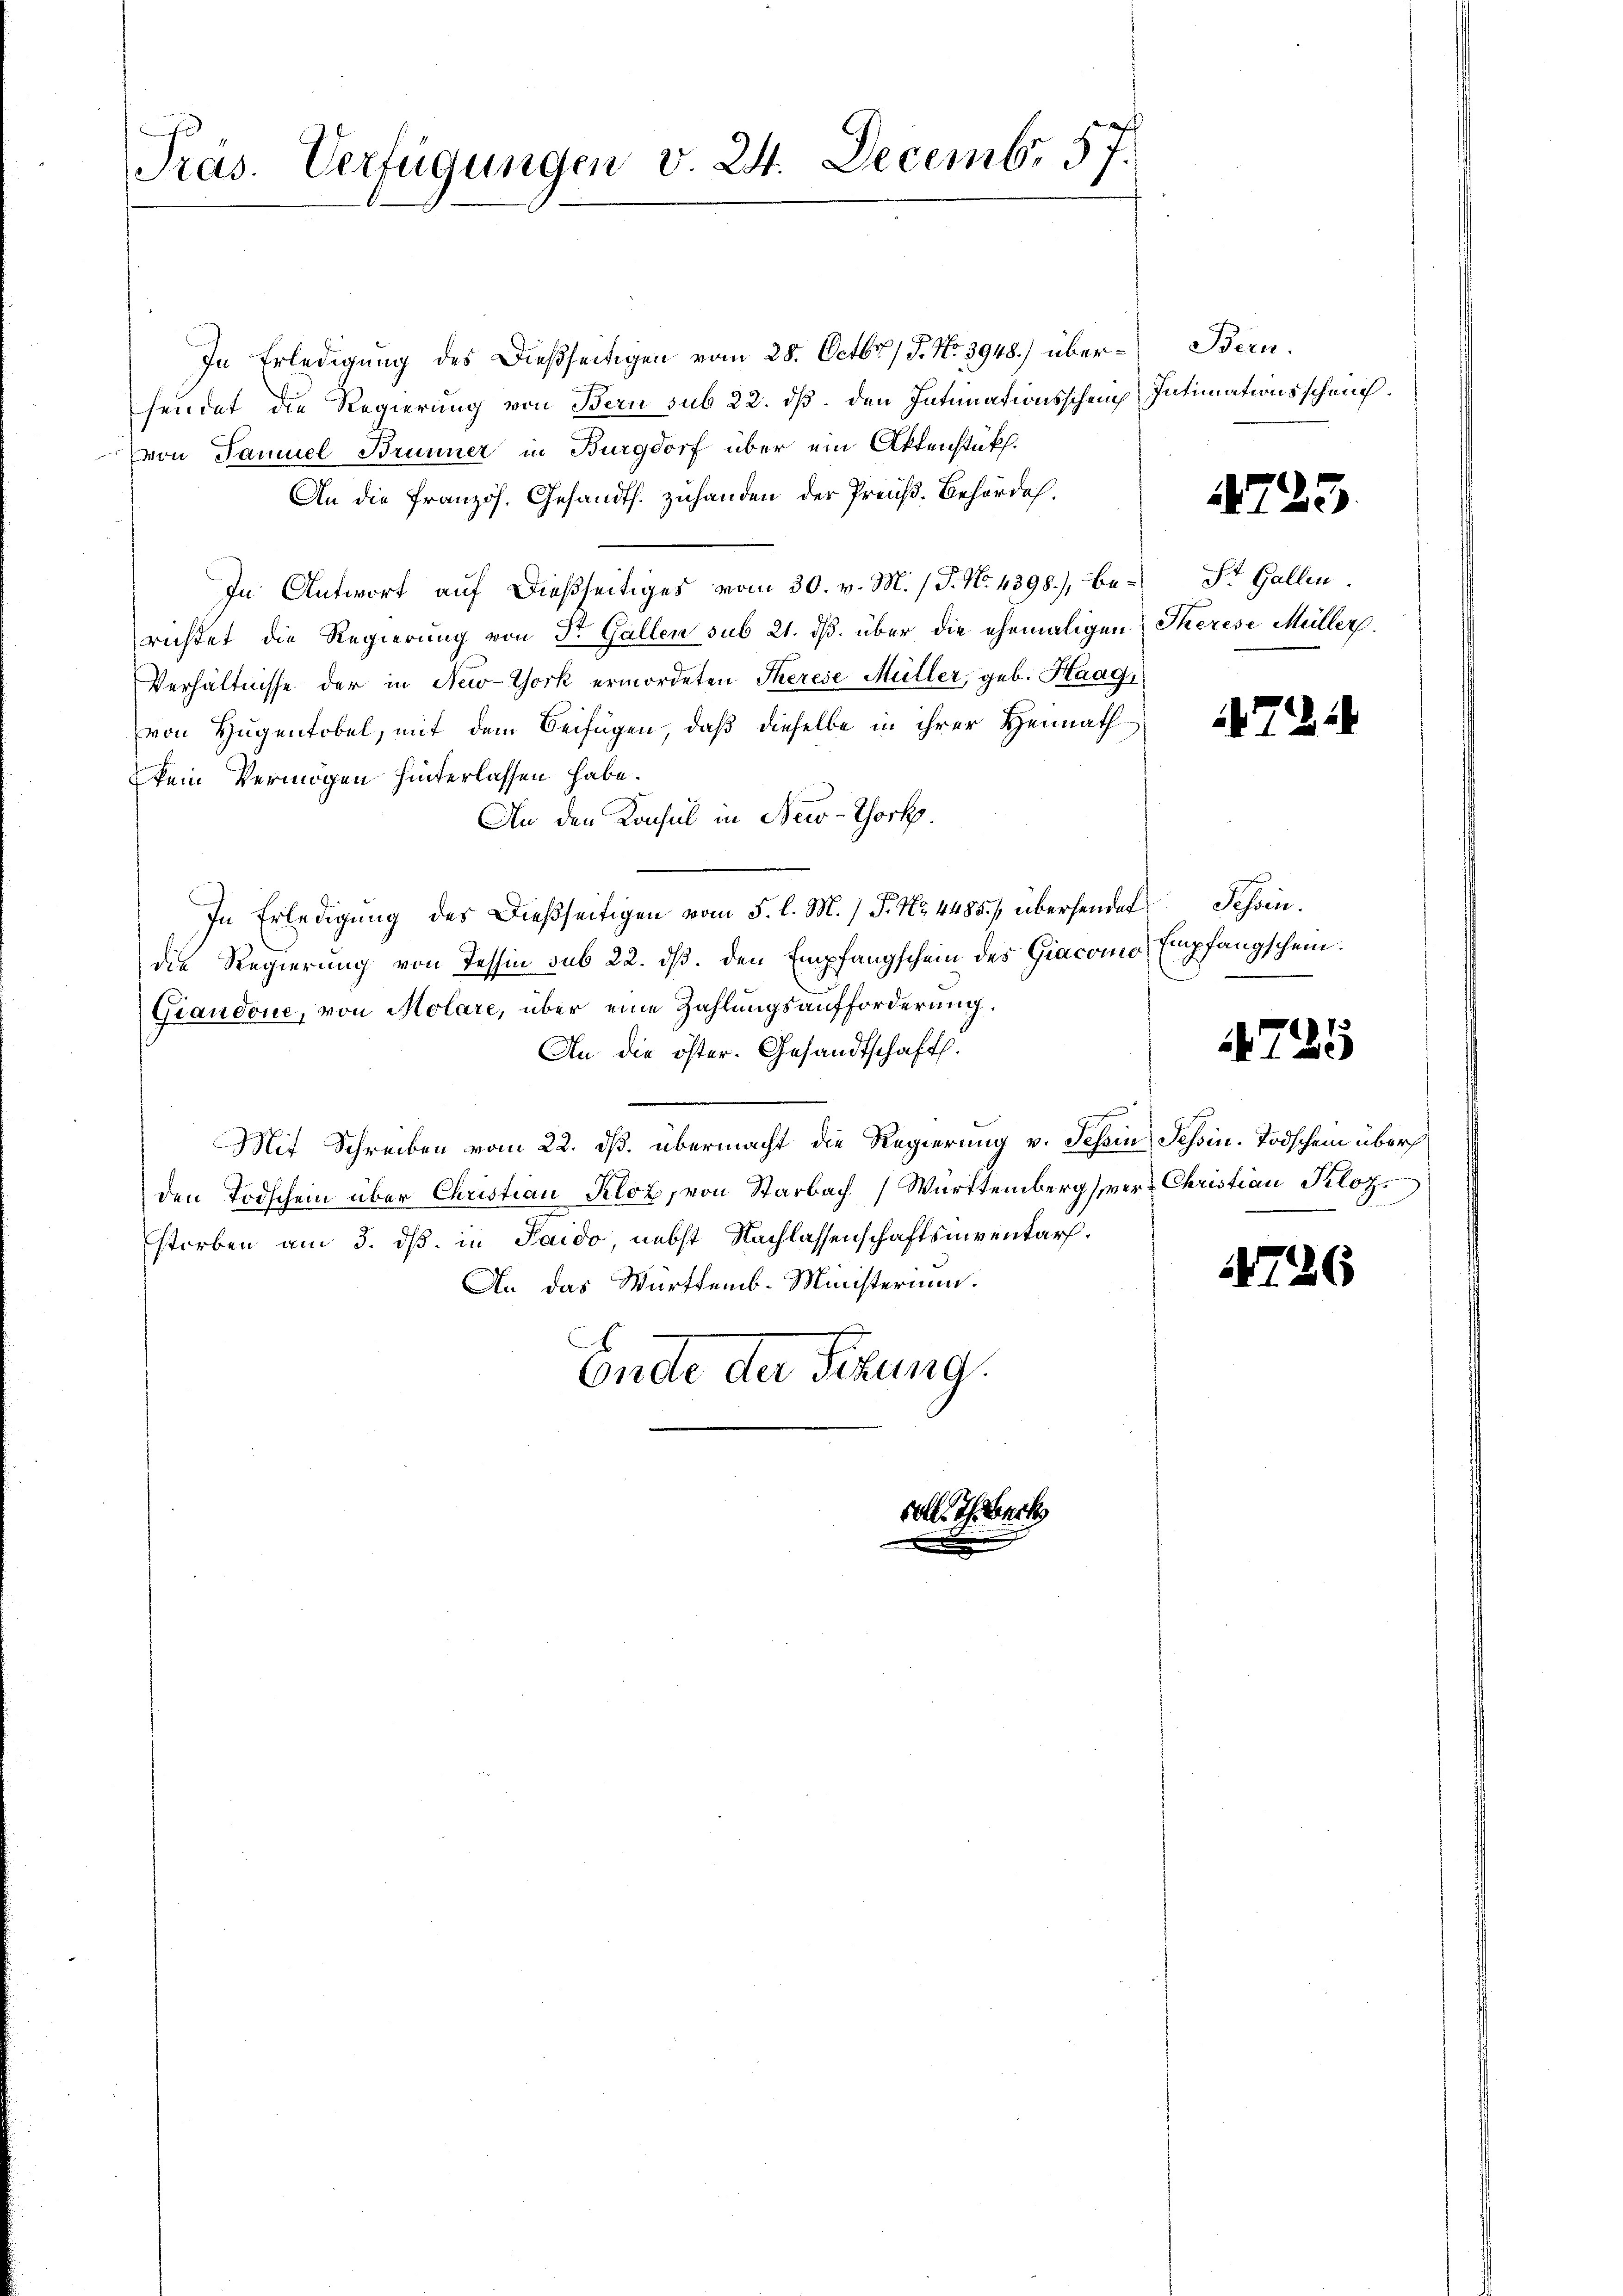
Präs. Verfügungen v. 24. Decemb. 57.

In Erledigung des Dießseitigen vom 28. Octbr. / 5. No 3948.) übersendet die Regierung von Bern sub 22. dß. den Intimationsschein Intimationsscheuvon Samuel Brunner in Burgdorf über ein Aktenstüks.
An die Französ. Gesandts. zuhanden der Preuß. Behörde.
In Antwort auf dießseitiges vom 30. v. M. (T. No. 4398), be¬ St. Gallen
richtet die Regierung von Dr. Gallen sub 21. dβ über die ehemaligen Therese Müller.
Verhältnisse der in New-York ermordeten Therese Müller, geb. Haag
von Hugentobel, mit dem Beifügen, daß dieselbe in ihrer Heimath
kein Vermögen hinterlassen habe.
An den Konsul in Neid-Thock.
In Erledigung des Dießseitigen vom 5. l. M. / P. Nr. 4485. / übersendet Schön.
die Regierung von Tessin sub 22. dβ. den Empfangschein des Giacomo Empfangschein.
Giandone, von Molare, über eine Zahlungsaufforderung.
An die öster. Gesandtschaft.

Mit Schreiben vom 22. ds. übermacht die Regierung v. Tessin Tessin. Todschen überh
den Todschein über Christian Kloz, von Starbach Württemberg ver- Christian Kloz
storben am 3. dß. in Paido, nebst Nachlassenschaftsniventars.
An das Württemb. Ministerium.

Ende der Sitzung.

10

Bern.

2

13.

i 7.

725

47

b